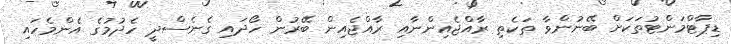
ޑިޕާޓްމަންޓުތަކަށް ބޭނުންވާ ތަކެތި ރާއްޖެއިންނާއި ރާއްޖެއިން ބޭރުން ހޯދައި ގެނެސްދީ ހެދުމުގެ އެންމެހައި